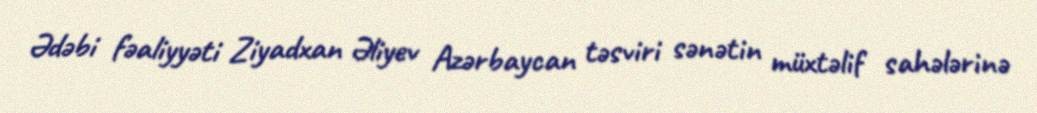
Ədəbi fəaliyyəti Ziyadxan Əliyev Azərbaycan təsviri sənətin müxtəlif sahələrinə